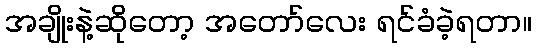
အချိုးနဲ့ဆိုတော့ အတော်လေး ရင်ခံခဲ့ရတာ။